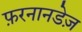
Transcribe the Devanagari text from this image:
फ़रनानडेज़